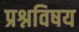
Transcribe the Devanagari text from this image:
प्रश्नविषय